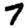
Digit: 7